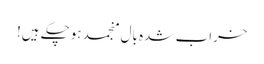
خراب شدہ بال منجمد ہوچکے ہیں!